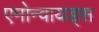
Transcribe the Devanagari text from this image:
एमोन्वायड्स